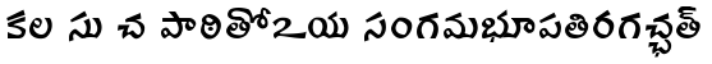
కల సు చ పాఠితోఽయ సంగమభూపతిరగచ్ఛత్